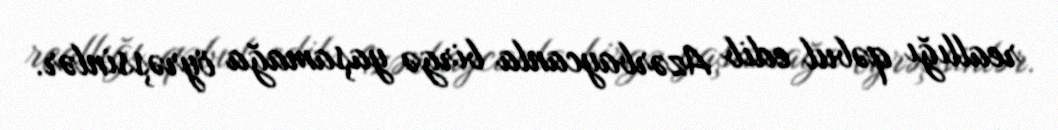
reallığı qəbul edib Azərbaycanla birgə yaşamağa öyrəşsinlər.